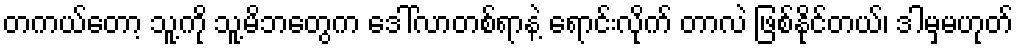
တကယ်တော့ သူ့ကို သူ့မိဘတွေက ဒေါ်လာတစ်ရာနဲ့ ရောင်းလိုက် တာလဲ ဖြစ်နိုင်တယ်၊ ဒါမှမဟုတ်